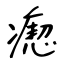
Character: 瘛